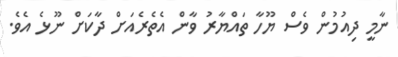
ނާމީ ދިއުމުން ވެސް ޔޫހާ ތައްޔާރު ވާން އެތެރެއަށް ދާކަށް ނޫޅެ އެވެ.